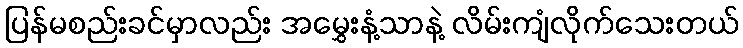
ပြန်မစည်းခင်မှာလည်း အမွှေးနံ့သာနဲ့ လိမ်းကျံလိုက်သေးတယ်